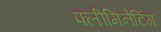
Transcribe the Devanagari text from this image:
फ्लीमिनेटिंग